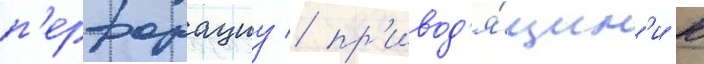
п'ерфорациу / пр'ивод'я́щим'и к